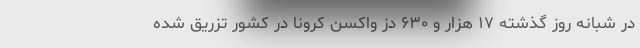
در شبانه روز گذشته ۱۷ هزار و ۶۳۰ دُز واکسن کرونا در کشور تزریق شده